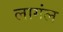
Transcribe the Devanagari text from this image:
लागंल